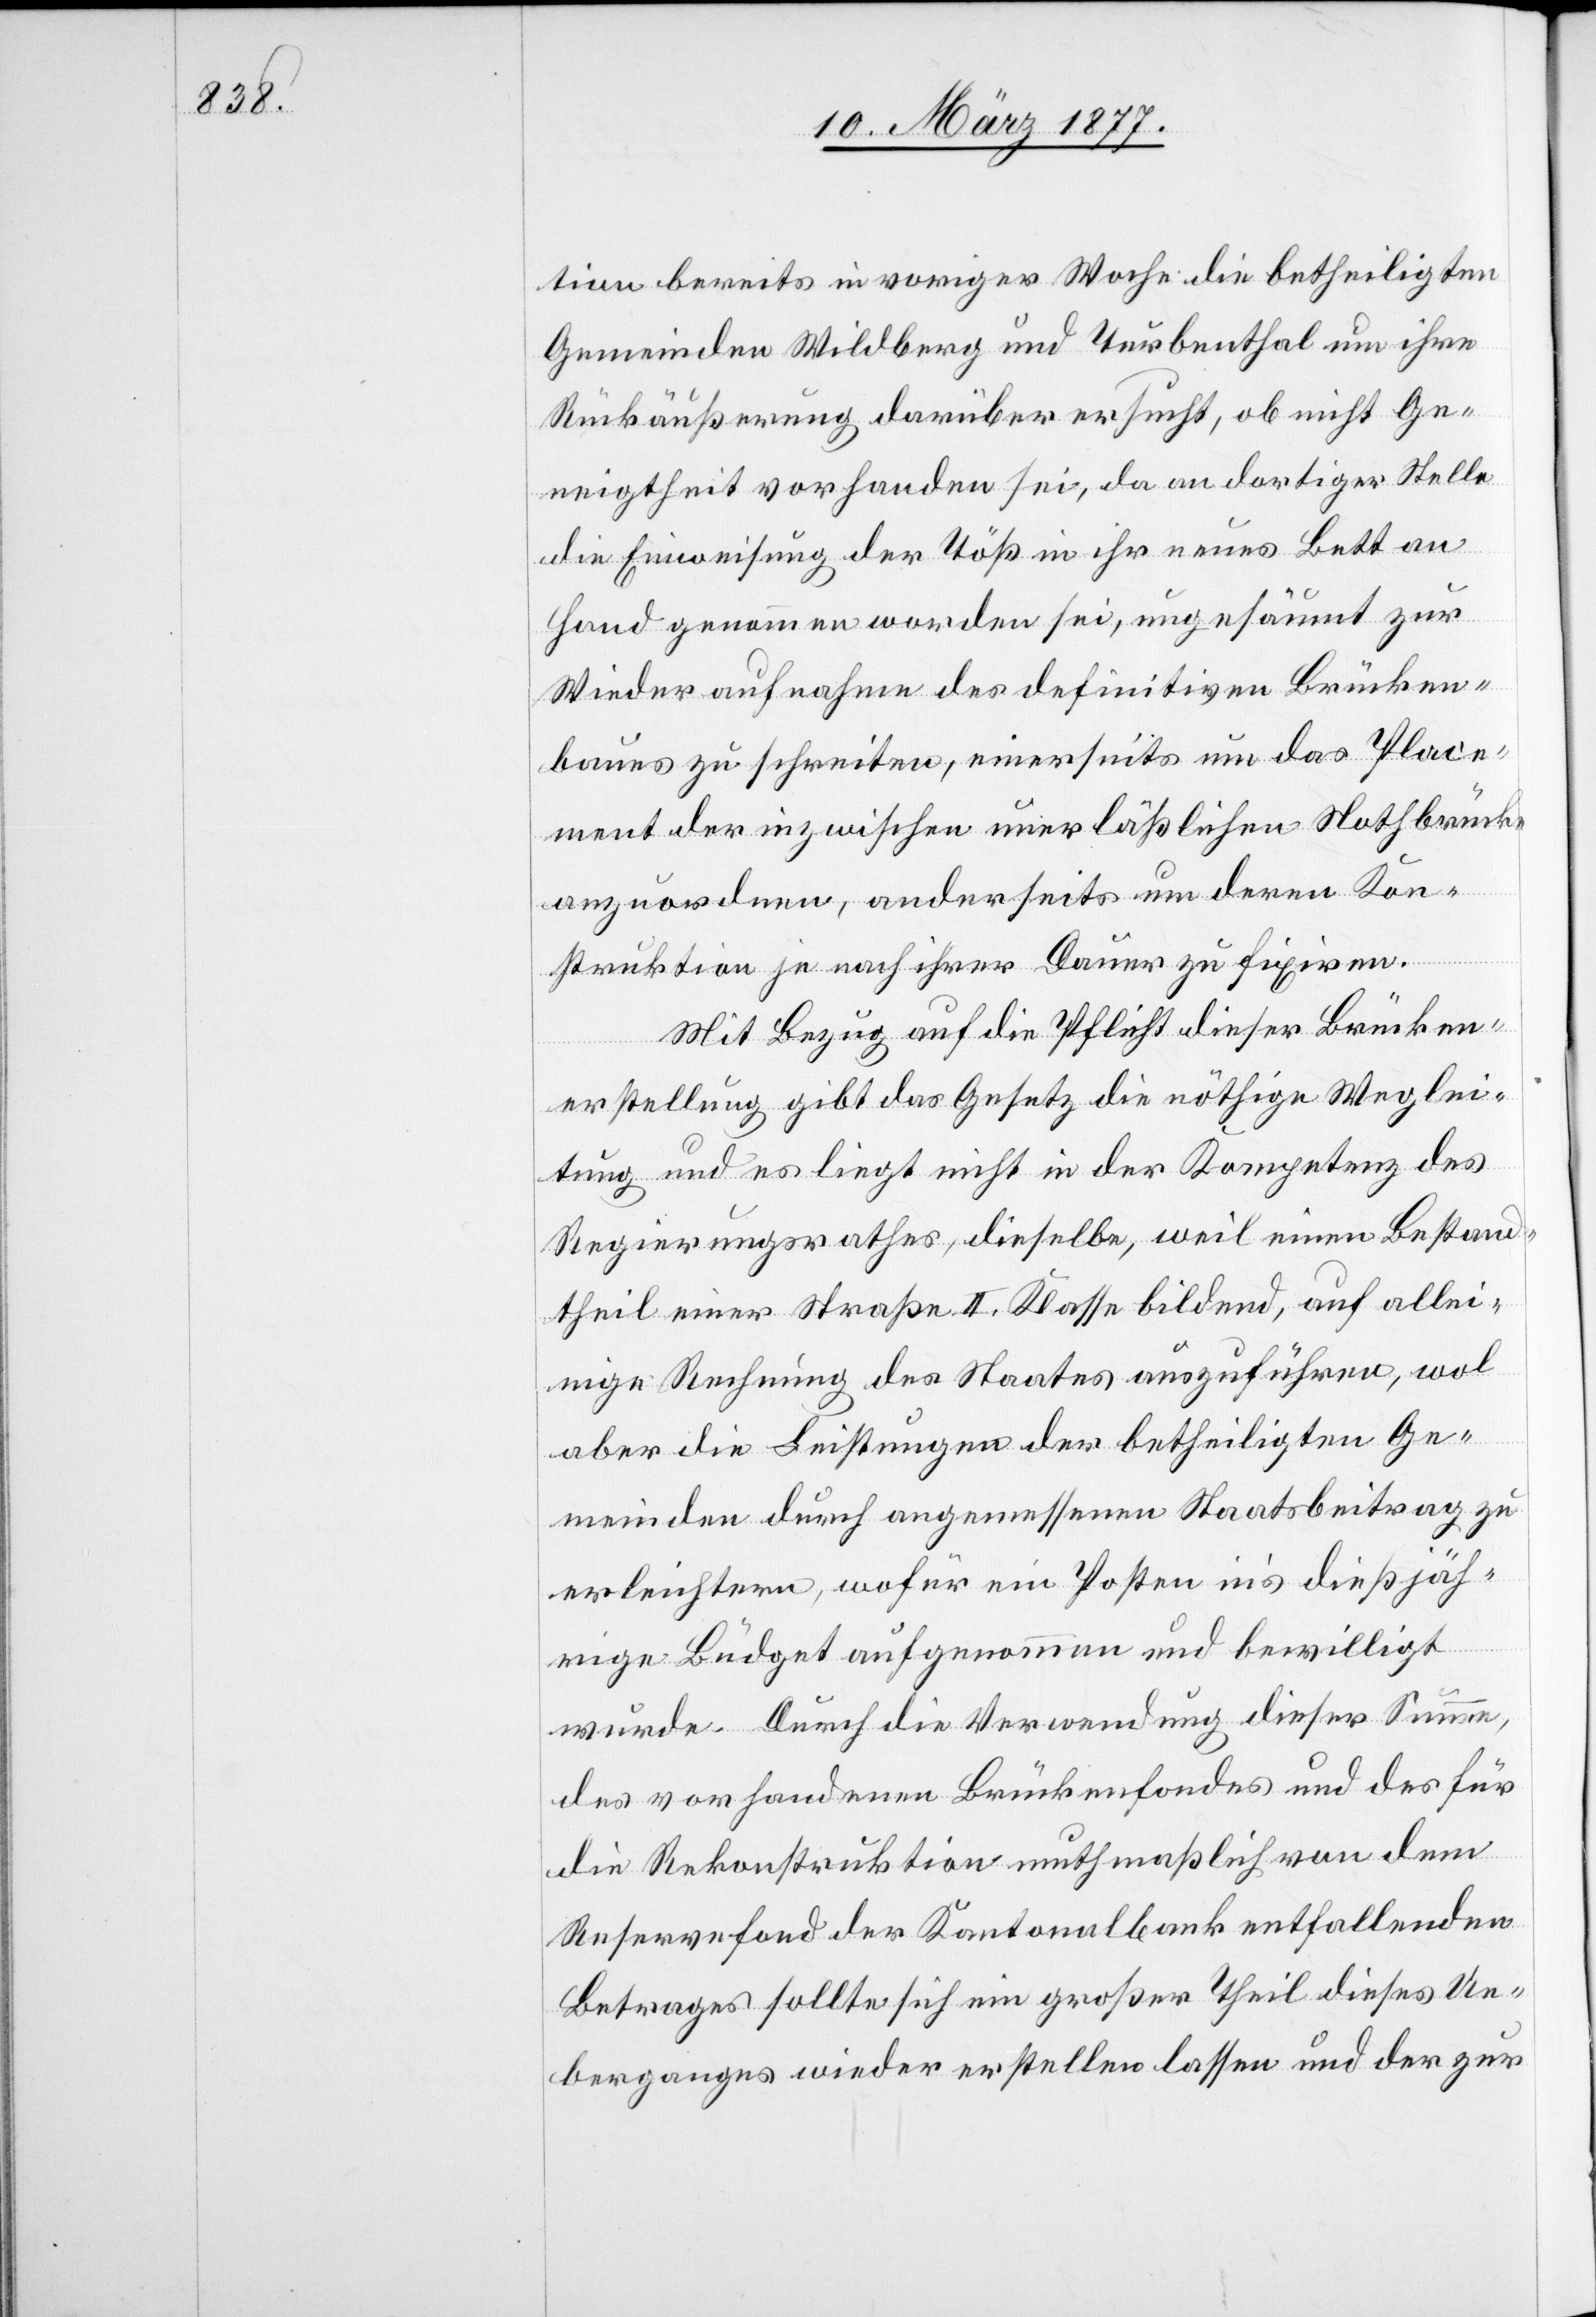
tion bereits in voriger Woche die betheiligten
Gemeinden Wildberg und Turbenthal um ihre
Rückäußerung darüber ersucht, ob nicht Ge¬
neigtheit vorhanden sei, da an dortiger Stelle
die Einweisung der Töß in ihr neues Bett an
Hand genommen worden sei, ungesäumt zur
Wiederaufnahme des definitiven Brücken¬
baues zu schreiten, einerseits um das Place¬
ment der inzwischen unerläßlichen Nothbrücke
anzuordnen, anderseits um deren Kon¬
struktion je nach ihrer Dauer zu fixiren.
Mit Bezug auf die Pflicht dieser Brücken¬
erstellung gibt das Gesetz die nöthige Weglei¬
tung und es liegt nicht in der Kompetenz des
Regierungsrathes, dieselbe, weil einen Bestand¬
theil einer Straße II. Klasse bildend, auf allei¬
nige Rechnung des Staates auszuführen, wol
aber die Leistungen der betheiligten Ge¬
meinden durch angemessenen Staatsbeitrag zu
erleichtern, wofür ein Posten in’s dießjäh¬
rige Büdget aufgenommen und bewilligt
wurde. Durch die Verwendung dieser Summe,
des vorhandenen Brückenfondes und des für
die Rekonstruktion muthmaßlich von dem
Reservefond der Kantonalbank entfallenden
Betrages sollte sich ein großer Theil dieses Ue¬
berganges wieder erstellen lassen und der zur